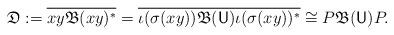
LaTeX: \begin{align*} \mathfrak D := \overline{xy \mathfrak B (xy)^\ast} = \overline{\iota(\sigma(xy)) \mathfrak B(\mathsf U) \iota(\sigma(xy))^\ast} \cong P\mathfrak B(\mathsf U) P.\end{align*}